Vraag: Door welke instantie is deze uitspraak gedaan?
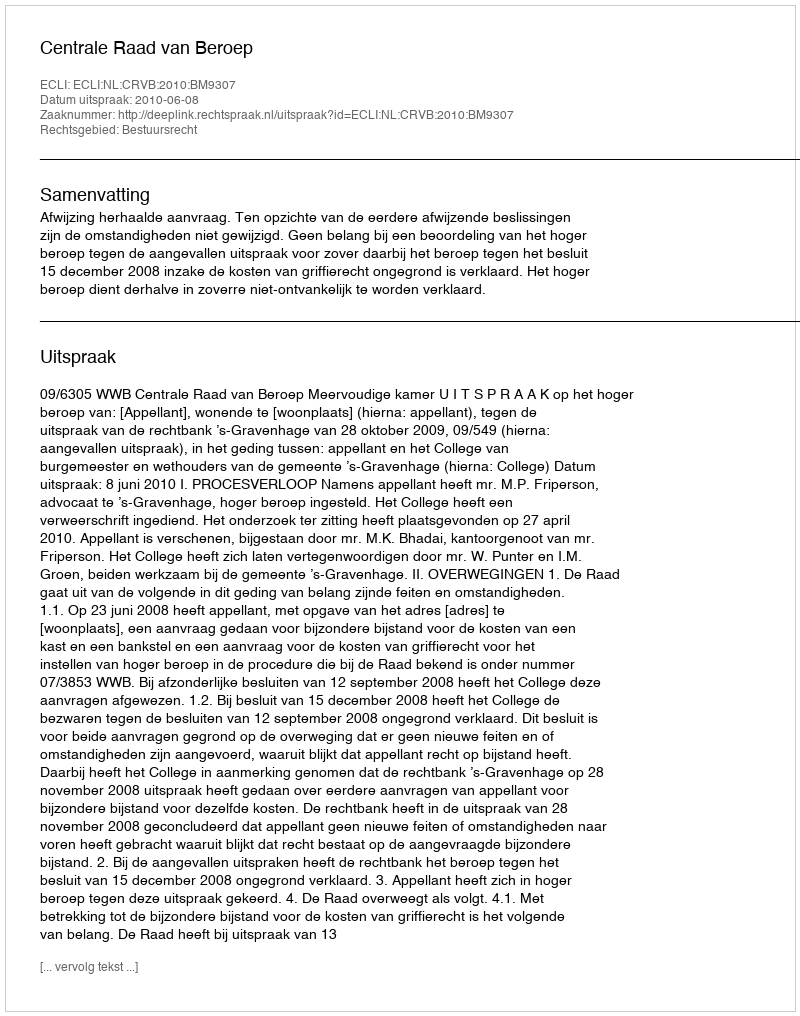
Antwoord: Centrale Raad van Beroep